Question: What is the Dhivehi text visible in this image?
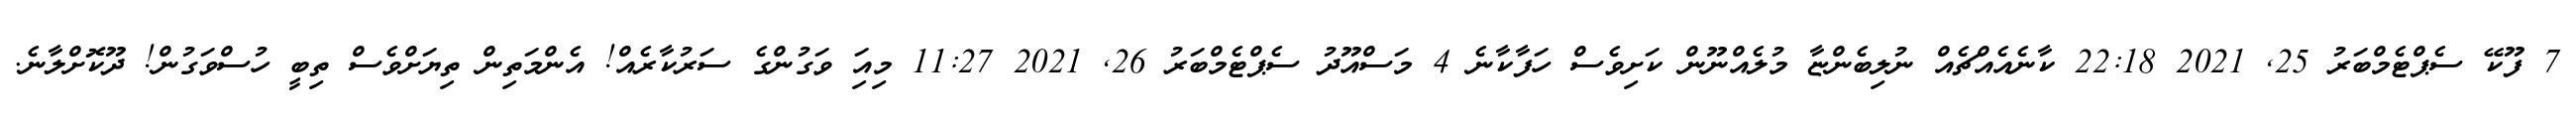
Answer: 7 ފޫކޭ ސެޕްޓެމްބަރު 25, 2021 22:18 ކާނެއެއްޗެއް ނުލިބެންޏާ މުލެއްނޫން ކަށިވެސް ހަފާކާނެ 4 މަސްއޫދު ސެޕްޓެމްބަރު 26, 2021 11:27 މިއަި ވަގުންގެ ސަރުކާރެއް! އެންމަތިން ތިޔަށްވެސް ތިބީ ހުސްވަގުން! ދޫކޮށްލާނެ.